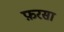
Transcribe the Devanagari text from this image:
फ़रसा